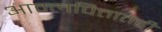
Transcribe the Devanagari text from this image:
आम्लपित्तातही